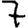
Digit: 7